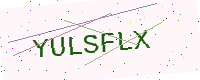
Text: YULSFLX